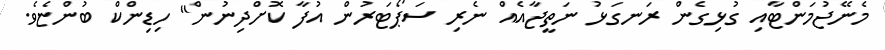
މެނޭޖުމަންޓާއި ގުޅިގެން ރަނގަޅު ނަތީޖާއެއް ނެރި ސަޕޯޓަރުން އުފާ ކޮށްދިނުން" ހިޑިންކް ބުންޏެވެ.